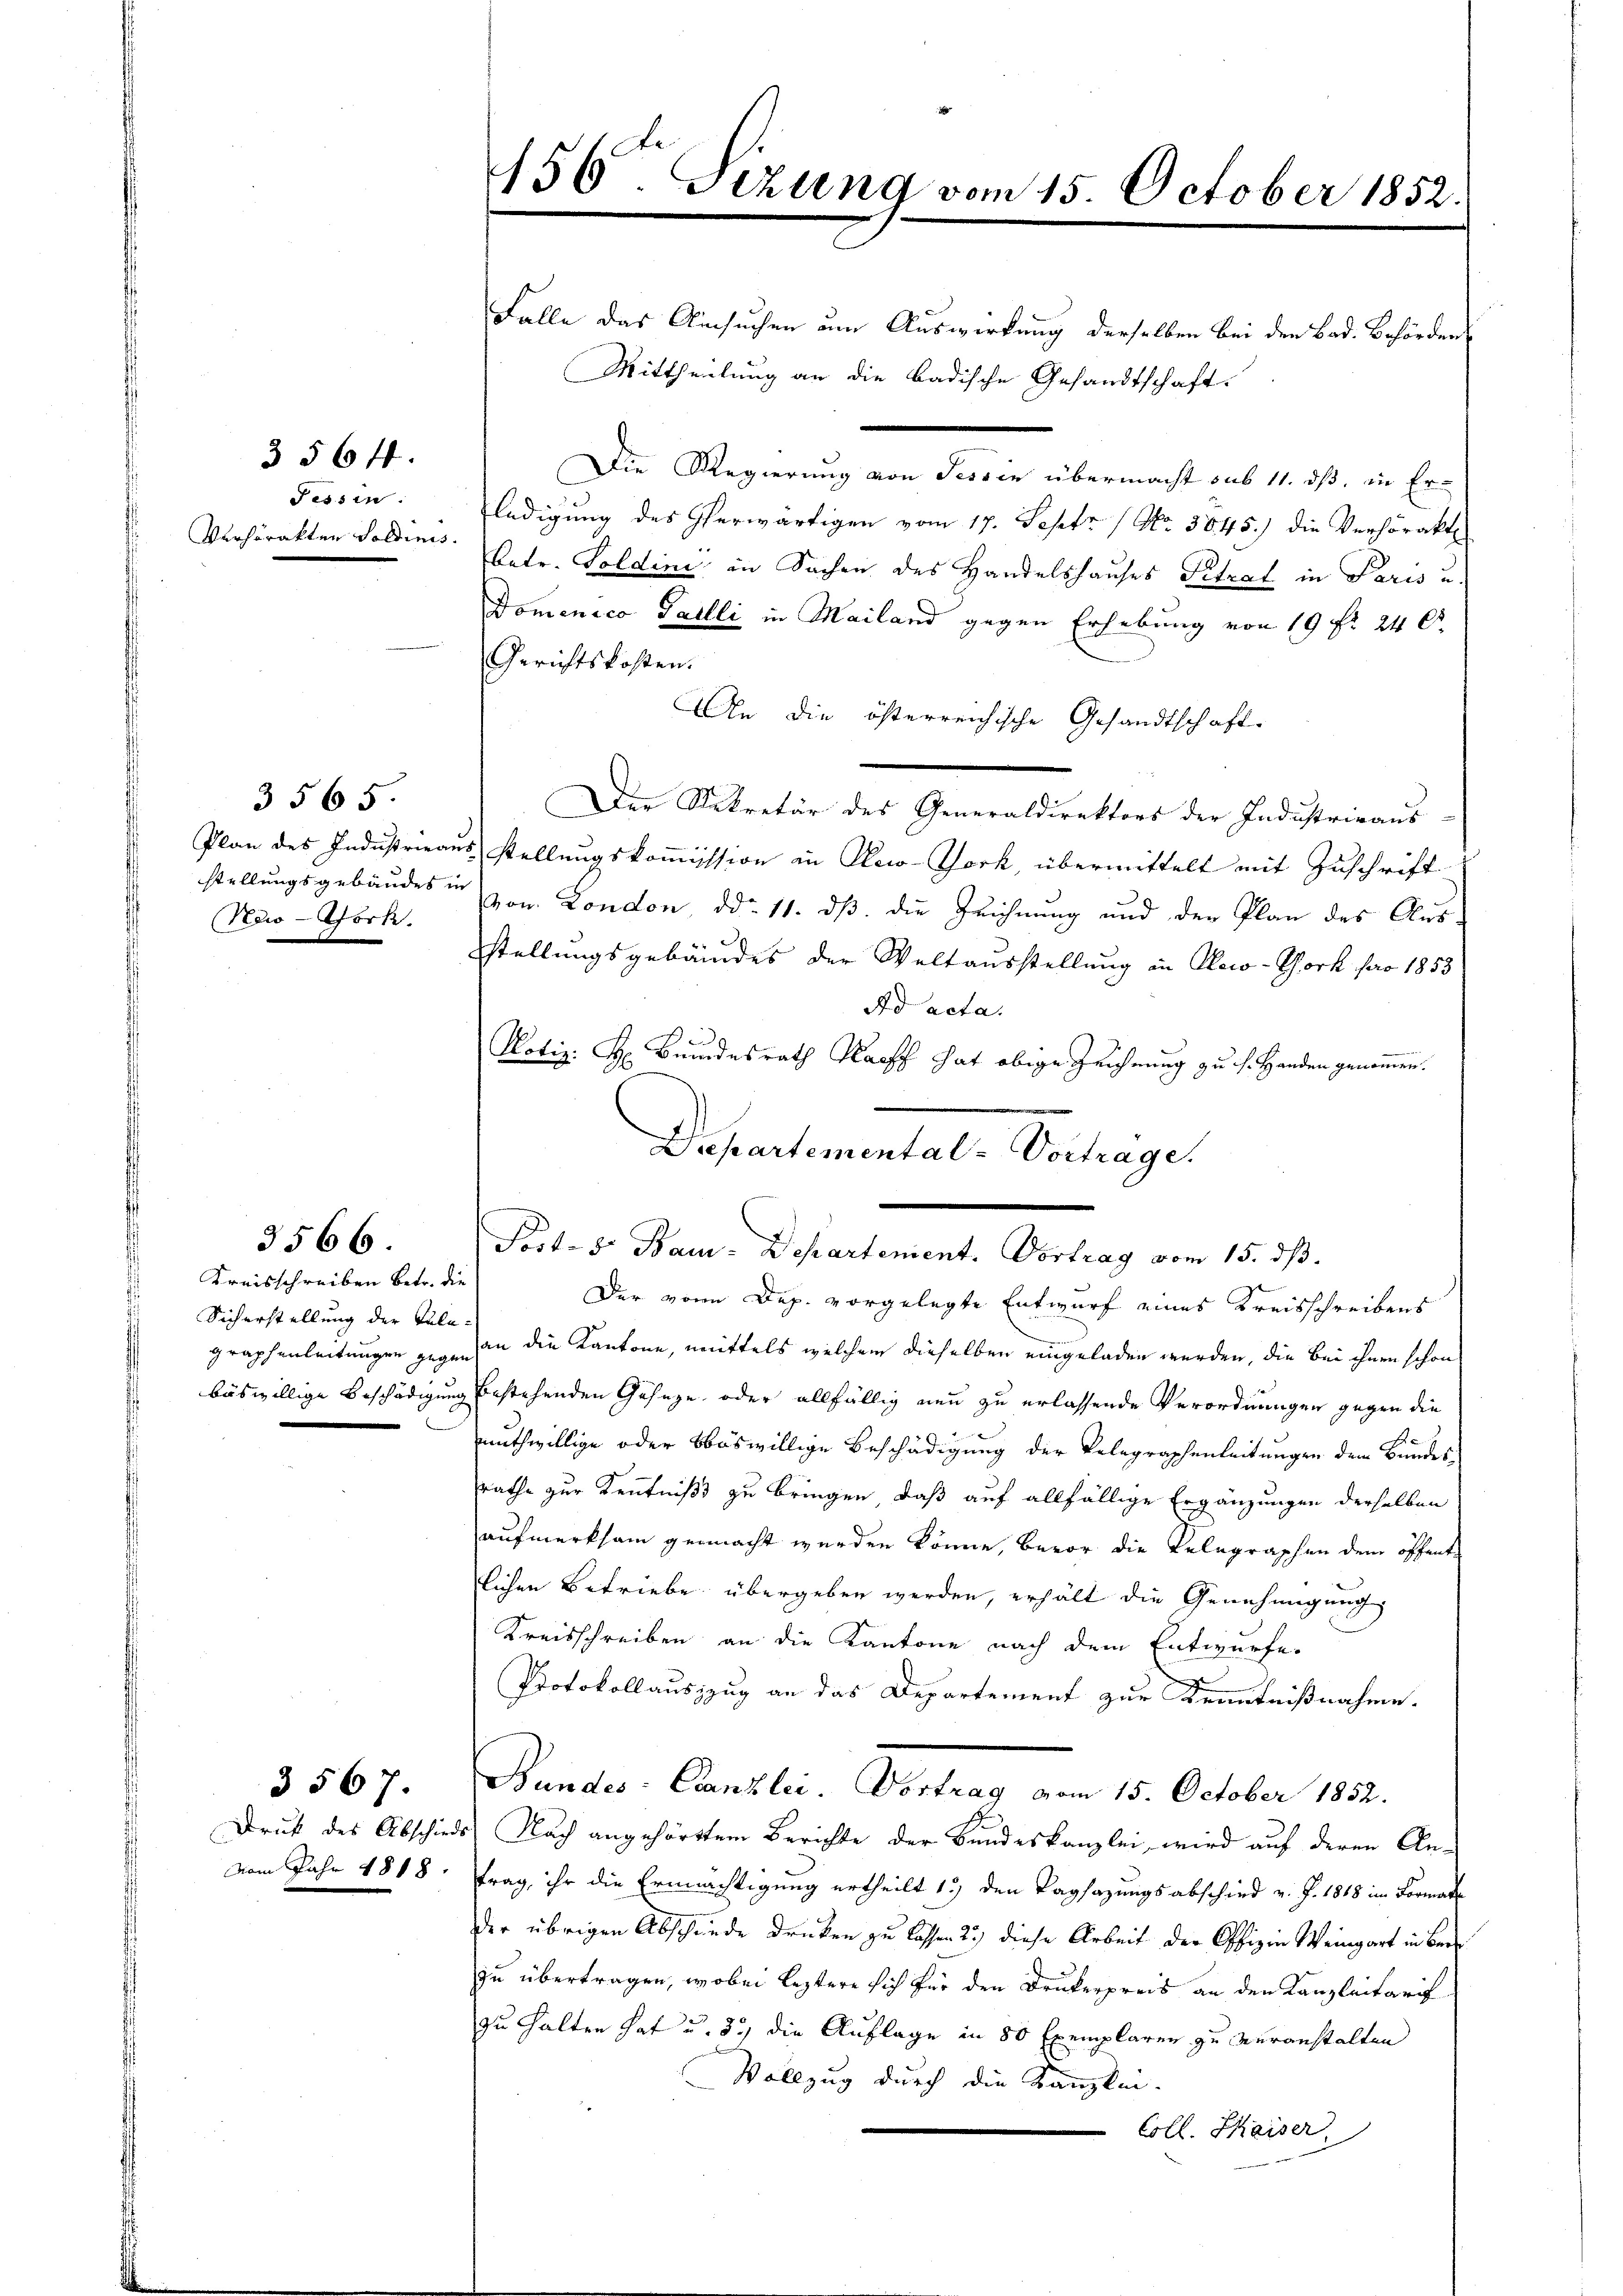
Fessen.
Verhörakten Soldinis.

3564.

3565.
New-York

Kreisschreiben Betr. die
Sicherstellung der Tale
graphenleitungen gegen
böswillige Beschädigung
3

3566.

vom Jahr 1818.

3567.

456 Sizung vom 15. October 1852.

Falle das Ansuchen um Auswirkung derselben bei den Bad. Behörder
Mittheilung an die badische Gesandtschaft.
Die Regierung von Tessin übermacht sub 11. dß, in Erledigung des herwärtigen vom 17. Sept No. 3645.) die Verhörakt
Betr. Soldini in Sachen des Handelshauses Petrat in Paris u.
Domenico Gailli in Mailand gegen Erhebung von 19 f 240.
Gerichtskosten.
An die österreichische Gesandtschaft
Die Situatio des Gemalstattet der Indistries-
Plan des Industrieaus Stellungskommission in Olew-York, übermittelt mit Zuschrift
stellungsgebäudes in von London, dd. 11. dß die Zeichnung und der Plan des Aus¬
Stellungsgebäudes der Weltausstellung in Oeco-Tork pro 1853
Ad acta.
Notiz: H. Bundesrath Kauff hat obige Zeichnung zu h. Handen genommen.

an die Kantone, mittels welchem dieselben eingeladen werden, die bei ihnen schon
gbestehenden Geseze oder allfällig neu zu erlassende Verordnungen gegen die
muthwillige oder bböswillige Beschädigung der Telegraphenleitungen dem Bundesrathe zur Kenntniß zu bringen, daß auf allfällige Ergänzungen derselben
aufmerksam gemacht werden könne, bevor die Relegraphen dem öffentlichen Betriebe übergeben werden, erhält die Genehmigung
Kreisschreiben an die Kantone nach dem Entwurfe.
Protokollauszzug an das Departement zur Kenntnißnahme.
Bundes-Canzlei. Vortrag vom 15. October 1852.
Druk des Abschieds Nach angehörttem Berichte der Bundeskanzlei, wird auf deren An-
trag, ihr die Ermächtigung ertheilt 15 den Tagsazungsabschied v. J. 1818 im Formatte
der übrigen Abschiede drucken zu lassen 2.) diese Arbeit der Offizie Weingart in Ber
zu übertragen, wobei leztere sich für den Drukerpreis an den Kanzleitarif
zu halten hat u. 2. die Auflage in 80 Exemplaren zu veranstalten
Vollzug durch die Kanzlei-
 Coll. Kaiser

Departemental-Verhagen
e
Port. 5. Bam. Departement. Vortrag vom 15. dβ.
Der von Dep. vorgelegte Entwurf eines Kreisschreibens